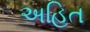
અહિત